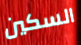
السكين